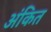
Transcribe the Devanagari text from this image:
अंकित